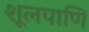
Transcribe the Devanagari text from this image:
शूलपाणि